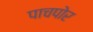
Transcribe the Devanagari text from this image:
पाचपोर